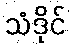
သံဒိုင်